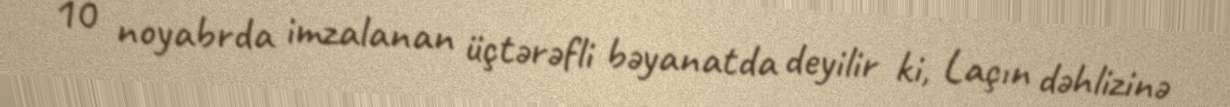
10 noyabrda imzalanan üçtərəfli bəyanatda deyilir ki, Laçın dəhlizinə